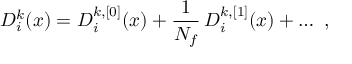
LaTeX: D _ { i } ^ { k } ( x ) = D _ { i } ^ { k , [ 0 ] } ( x ) + \frac { 1 } { N _ { f } } \, D _ { i } ^ { k , [ 1 ] } ( x ) + \ldots ~ ,